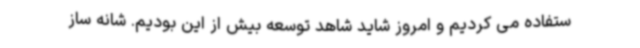
ستفاده می کردیم و امروز شاید شاهد توسعه بیش از این بودیم. شانه ساز